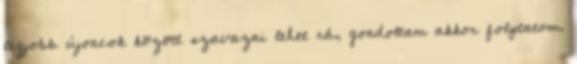
legjobb újoncok között szavazni lehet rá, gondoltam akkor folytatom.